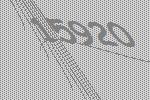
15920